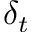
\delta _ { t }